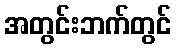
အတွင်းဘက်တွင်